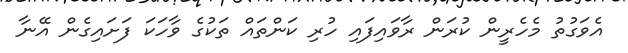
އެވަގުތު މެހެރީން ކުރަން ރާވައިފައި ހުރި ކަންތައް ތަކުގެ ވާހަކަ ފަށައިގެން އޭނާ